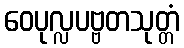
ဝေပုလ္လပဗ္ဗတသုတ္တံ